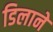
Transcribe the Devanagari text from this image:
डिलाने